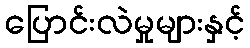
ပြောင်းလဲမှုများနှင့်